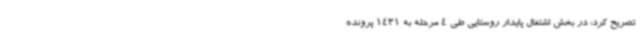
تصریح کرد: در بخش اشتغال پایدار روستایی طی 4 مرحله به 1431 پرونده